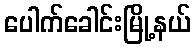
ပေါက်ခေါင်းမြို့နယ်